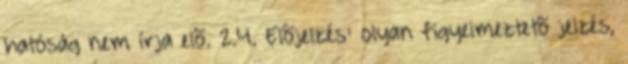
hatóság nem írja elõ. 2.4. Elõjelzés: olyan figyelmeztetõ jelzés,